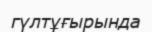
гүлтұғырында